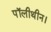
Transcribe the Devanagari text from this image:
पॉलीथीन।